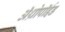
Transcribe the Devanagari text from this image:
अॅथ्रोपॉईड